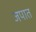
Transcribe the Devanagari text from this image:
जपात